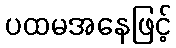
ပထမအနေဖြင့်